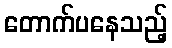
တောက်ပနေသည့်